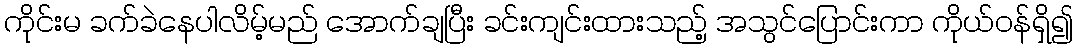
ကိုင်းမ ခက်ခဲနေပါလိမ့်မည် အောက်ချပြီး ခင်းကျင်းထားသည့် အသွင်ပြောင်းကာ ကိုယ်ဝန်ရှိ၍